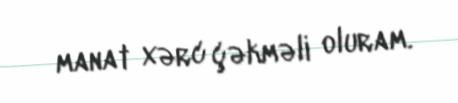
manat xərc çəkməli oluram.